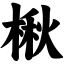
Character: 楸